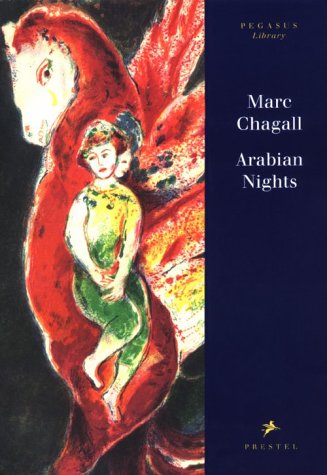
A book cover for Arabian Nights: Four Tales from a Thousand and One Nights (Pegasus Library); Arts & Photography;